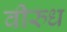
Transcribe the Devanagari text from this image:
वीरुध